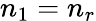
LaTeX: n_{1}=n_{r}